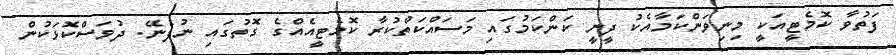
ފަތުވާ ކޮމެޓީއަކީ މިނިވަންކަމާއެކު ދީނީ ކަންކަމުގައި މަސައްކަތްކުރާ ކޮމެޓީއެއްގެ ގޮތުގައި ނުފެނޭ. ދުވަސްކޮޅަކުން